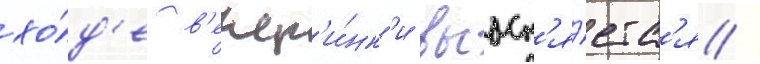
хо́д'е в'ечер'и́нк'и выасн'я́етс'я /